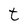
Character: t